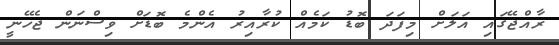
ރާއްޖޭގައި އަލަށް މިފަދަ ބޮޑު ކަމެއް ކުރާއިރު އެންމެ ބޮޑަށް ވިސްނަން ޖެހޭނީ